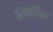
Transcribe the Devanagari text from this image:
तंगनयिका